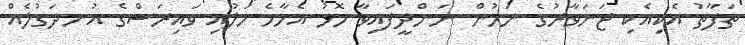
ތަފާތު އެކިއެކި ޖަނަވާރުގެ ނަމުން ނަންދީފައިވާ މޮޅު އެހާމެ ހަލުއި ވައިރަސްގެ އުނދަގުލެއް